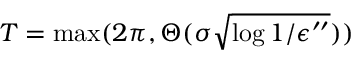
T = \operatorname* { m a x } ( 2 \pi , \Theta ( \sigma \sqrt { \log { 1 / \epsilon ^ { \prime \prime } } } ) )